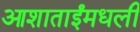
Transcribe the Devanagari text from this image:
आशाताईंमधली